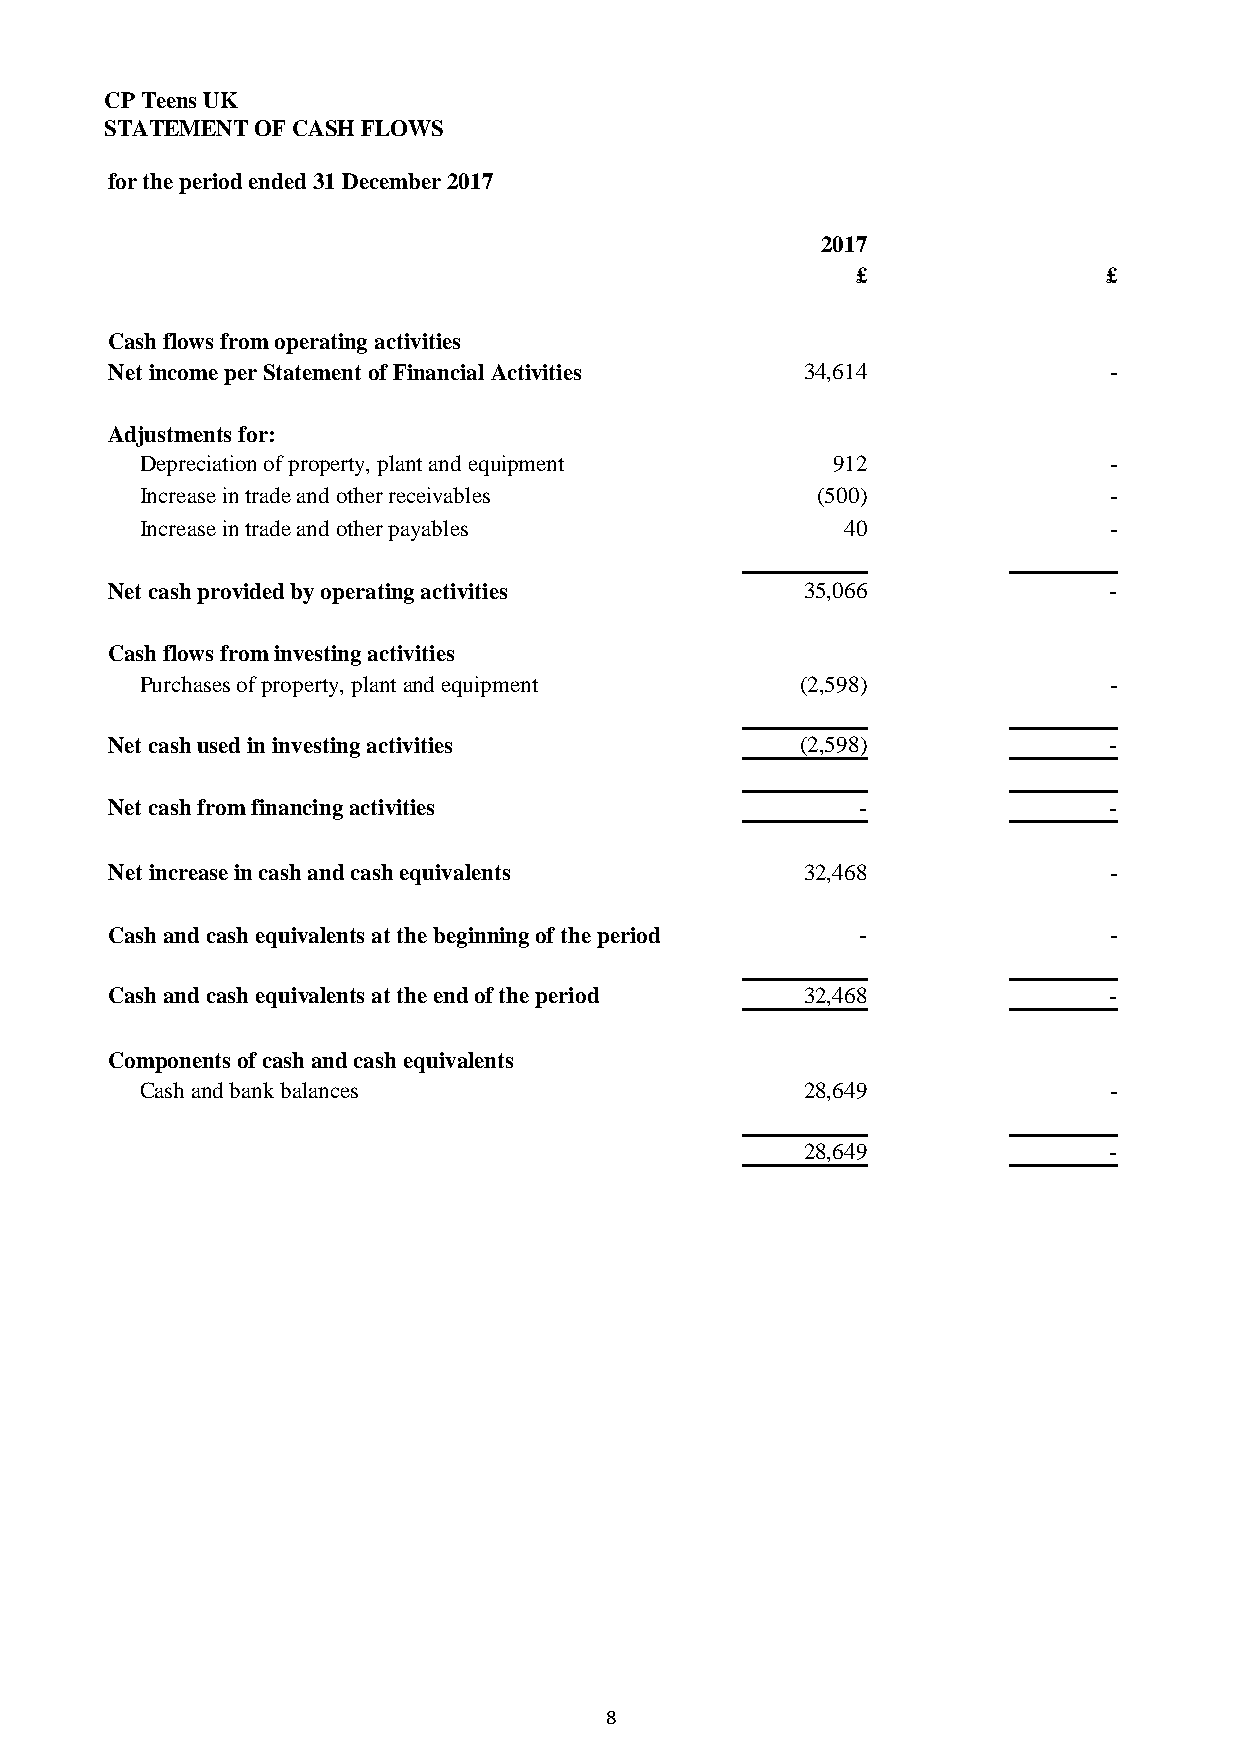
CP Teens UK
 STATEMENT OF CASH FLOWS
 for the period ended 31 December 2017
 2017
 £               £
 Cash flows from operating activities
 Net income per Statement of Financial Activities 34,614           -
 Adjustments for:
 Depreciation of property, plant and equipment 912               -
 Increase in trade and other receivables      (500)              -
 Increase in trade and other payables           40               -
 Net cash provided by operating activities     35,066              -
 Cash flows from investing activities
 Purchases of property, plant and equipment  (2,598)             -
 Net cash used in investing activities         (2,598)             -
 Net cash from financing activities                -               -
 Net increase in cash and cash equivalents     32,468              -
 Cash and cash equivalents at the beginning of the period -        -
 Cash and cash equivalents at the end of the period 32,468         -
 Components of cash and cash equivalents
 Cash and bank balances                      28,649              -
 28,649              -
 8